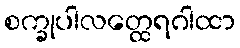
စက္ခုပါလတ္ထေရဂါထာ